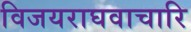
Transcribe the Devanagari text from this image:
विजयराघवाचारि